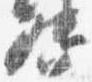
督